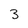
Character: 3